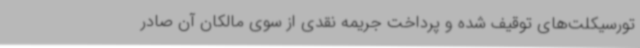
تورسیکلت‌های توقیف شده و پرداخت جریمه نقدی از سوی مالکان آن صادر